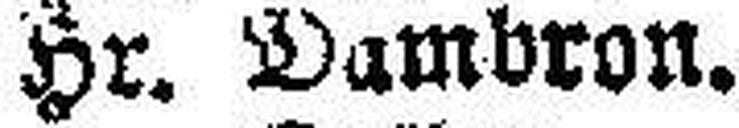
Hr. Dambron.